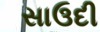
સાઉદી